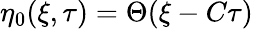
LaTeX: \eta_{0}(\xi,\tau)=\Theta(\xi-C\tau)